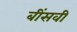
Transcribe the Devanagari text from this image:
बींसवी